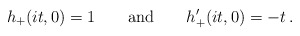
\begin{align*}h_+(it,0)=1 \qquad {\rm and} \qquad h_+^{\prime}(it,0)=-t\, .\end{align*}